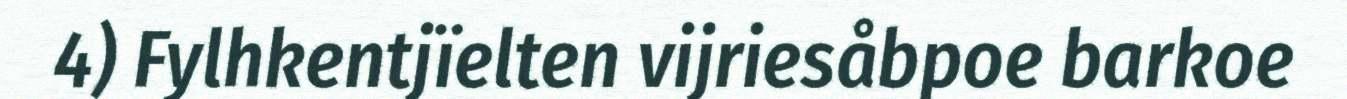
4) Fylhkentjïelten vijriesåbpoe barkoe